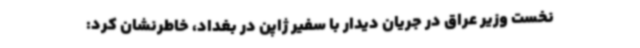
نخست وزیر عراق در جریان دیدار با سفیر ژاپن در بغداد، خاطرنشان کرد: